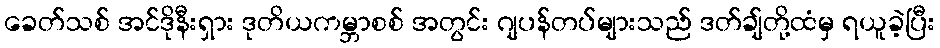
ခေတ်သစ် အင်ဒိုနီးရှား ဒုတိယကမ္ဘာစစ် အတွင်း ဂျပန်တပ်များသည် ဒတ်ချ်တို့ထံမှ ရယူခဲ့ပြီး